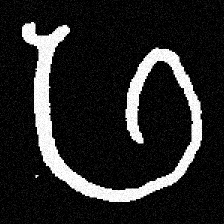
Pyu character \u2014 Myanmar letter: ဖ (romanized: pha)